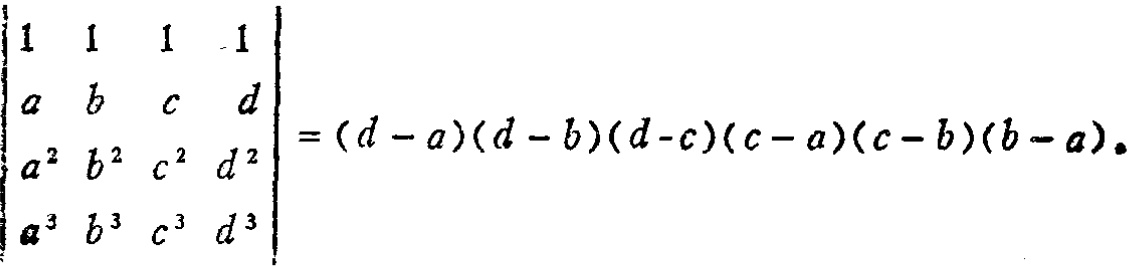
\[

\begin{vmatrix}

1 & 1 & 1 & 1 \\

a & b & c & d \\

a^{2} & b^{2} & c^{2} & d^{2} \\

a^{3} & b^{3} & c^{3} & d^{3}

\end{vmatrix}=(d - a)(d - b)(d - c)(c - a)(c - b)(b - a)

\]